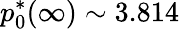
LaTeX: p_{0}^{*}(\infty)\sim 3.814